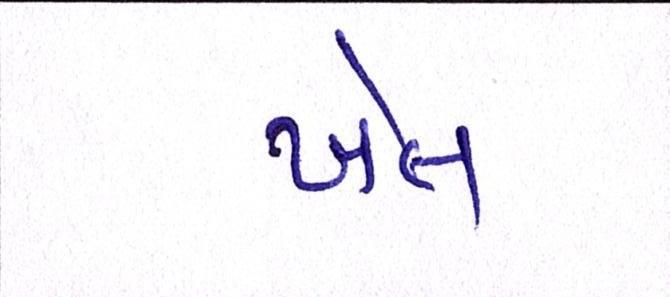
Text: ખેત